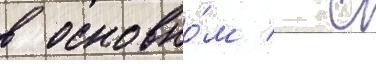
в основно́м / с